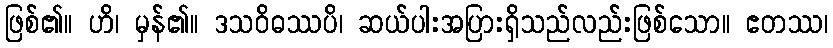
ဖြစ်၏။ ဟိ၊ မှန်၏။ ဒသဝိဓဿပိ၊ ဆယ်ပါးအပြားရှိသည်လည်းဖြစ်သော။ ဧတဿ၊